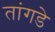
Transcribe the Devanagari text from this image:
तांगडे